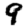
Digit: 9